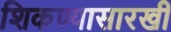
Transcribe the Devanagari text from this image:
शिकण्यासारखी